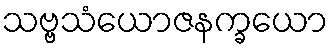
သဗ္ဗသံယောဇနက္ခယော